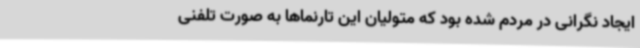
ایجاد نگرانی در مردم شده بود که متولیان این تارنماها به صورت تلفنی